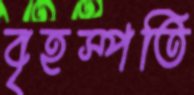
বৃহস্পতি